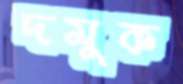
দমুক